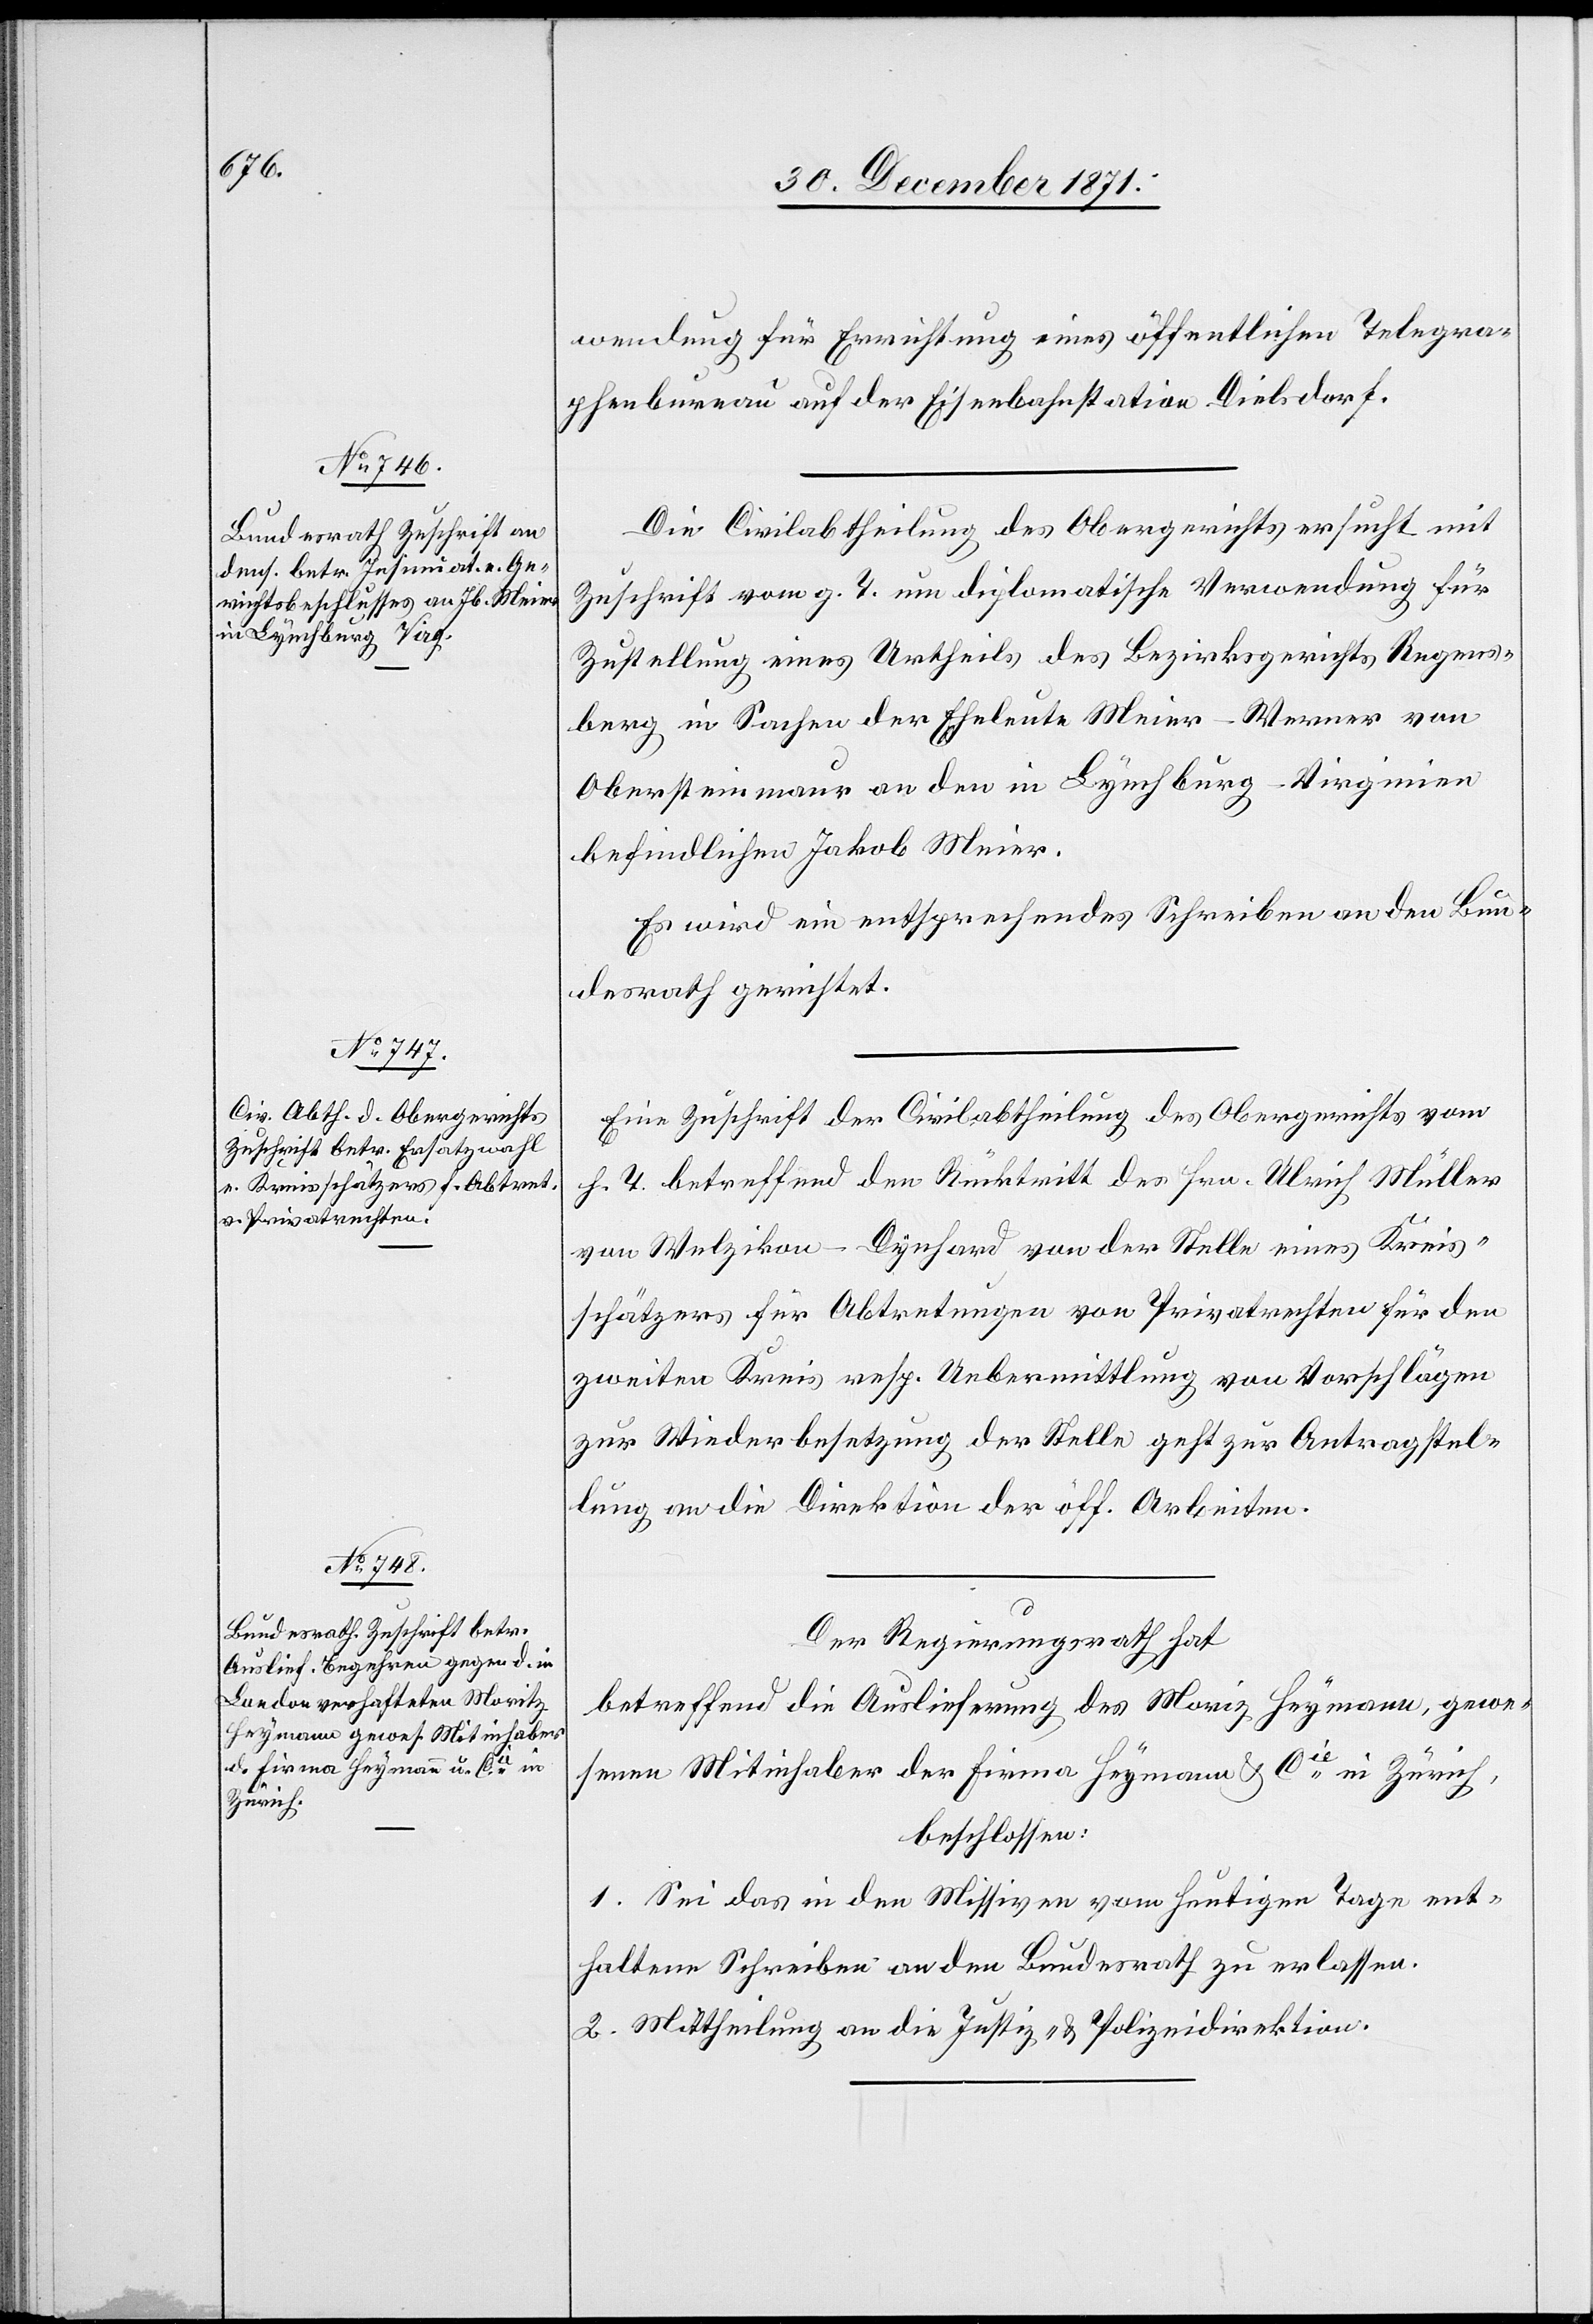
30. December 1871.]
wendung für Errichtung eines öffentlichen Telegra¬
phenbureau auf der Eisenbahnstation Dielsdorf.
Die Civilabtheilung des Obergerichts ersucht mit
Zuschrift vom g. T. um diplomatische Verwendung für
Zustellung eines Urtheils des Bezirksgerichts Regens¬
berg in Sachen der Eheleute Meier-Werner von
Obersteinmaur an den in Lynchburg - Virginia
befindlichen Jakob Meier.
Es wird ein entsprechendes Schreiben an den Bun¬
desrath gerichtet.
Eine Zuschrift der Civilabtheilung des Obergerichts vom
h. T. betreffend den Rücktritt des Hrn. Ulrich Müller
von Welzikon - Dynhard von der Stelle eines Kreis¬
schätzers für Abtretungen von Privatrechten für den
zweiten Kreis resp. Uebermittlung von Vorschlägen
zur Wiederbesetzung der Stelle geht zur Antragstel¬
lung an die Direktion der öff. Arbeiten.
Der Regierungsrath hat
betreffend die Auslieferung des Moriz [sic!] Heymann, gewe¬
senen Mitinhaber der Firma Heymann & Cie. in Zürich,
beschlossen:
1. Sei das in den Missiven vom heutigen Tage ent¬
haltene Schreiben an den Bundesrath zu erlassen.
2. Mittheilung an die Justiz- & Polizeidirektion.